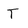
Character: T